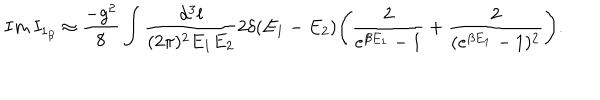
I m \, I _ { 1 _ { \beta } } \approx \frac { - g ^ { 2 } } { 8 } \int \frac { d ^ { 3 } l } { ( 2 \pi ) ^ { 2 } E _ { 1 } E _ { 2 } } 2 \delta ( E _ { 1 } - E _ { 2 } ) \Bigg ( \frac { 2 } { e ^ { \beta E _ { 1 } } - 1 } + \frac { 2 } { ( e ^ { \beta E _ { 1 } } - 1 ) ^ { 2 } } \Bigg ) .